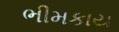
ભીમકાય